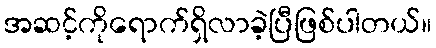
အဆင့်ကိုရောက်ရှိလာခဲ့ပြီဖြစ်ပါတယ်။